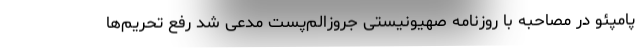
پامپئو در مصاحبه با روزنامه صهیونیستی جروزالم‌پست مدعی شد رفع تحریم‌ها